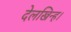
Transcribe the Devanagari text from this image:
देलखिन्ह।